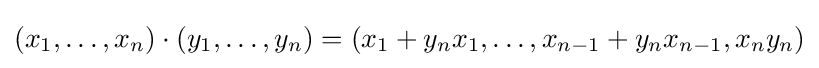
(x_{1},\ldots ,x_{n})\cdot (y_{1},\ldots ,y_{n})=(x_{1}+y_{n}x_{1},\ldots ,x_{n-1}+y_{n}x_{n-1},x_{n}y_{n})